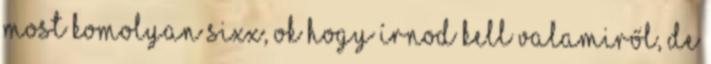
Most komolyan sixx, OK hogy írnod kell valamiről, de